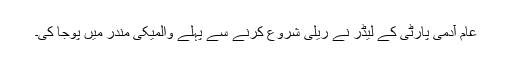
عام آدمی پارٹی کے لیڈر نے ریلی شروع کرنے سے پہلے والمیکی مندر میں پوجا کی۔